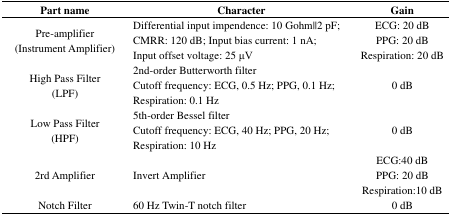
<table><thead><tr><td><b>Part name</b></td><td><b>Character</b></td><td><b>Gain</b></td></tr></thead><tbody><tr><td>Pre-amplifier (Instrument Amplifier)</td><td>Differential input impendence: 10 Gohm‖2 pF;CMRR: 120 dB; Input bias current: 1 nA;Input offset voltage: 25 μV</td><td>ECG: 20 dBPPG: 20 dBRespiration: 20 dB</td></tr><tr><td>High Pass Filter (LPF)</td><td>2nd-order Butterworth filterCutoff frequency: ECG, 0.5 Hz; PPG, 0.1 Hz;Respiration: 0.1 Hz</td><td>0 dB</td></tr><tr><td>Low Pass Filter (HPF)</td><td>5th-order Bessel filterCutoff frequency: ECG, 40 Hz; PPG, 20 Hz;Respiration: 10 Hz</td><td>0 dB</td></tr><tr><td>2rd Amplifier</td><td>Invert Amplifier</td><td>ECG:40 dBPPG: 20 dBRespiration:10 dB</td></tr><tr><td>Notch Filter</td><td>60 Hz Twin-T notch filter</td><td>0 dB</td></tr></tbody></table>